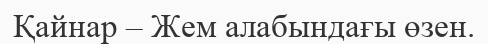
Қайнар – Жем алабындағы өзен.